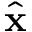
\hat { \bf x }